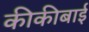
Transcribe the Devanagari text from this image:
कीकीबाई